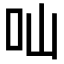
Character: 𠮿